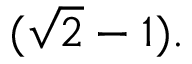
( { \sqrt { 2 } } - 1 ) .